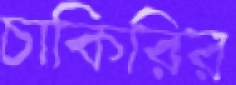
চাকিরির